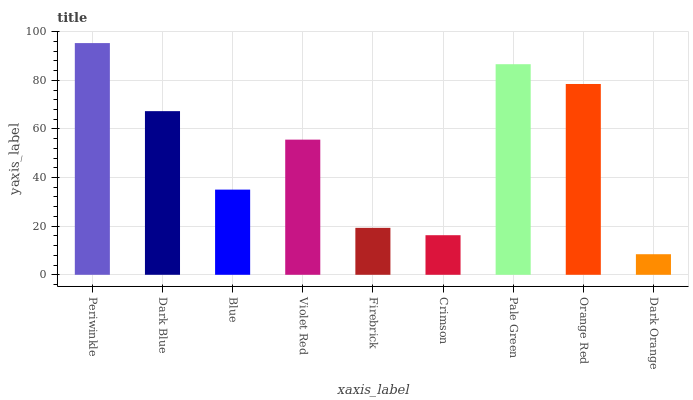
| xaxis_label | bars |
 | --- | --- |
 | Periwinkle | 95.3 |
 | Dark Blue | 67.3 |
 | Blue | 35 |
 | Violet Red | 55.6 |
 | Firebrick | 19.3 |
 | Crimson | 16.3 |
 | Pale Green | 86.6 |
 | Orange Red | 78.5 |
 | Dark Orange | 8.46 |